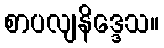
စာပလျနိဒ္ဒေသ။